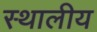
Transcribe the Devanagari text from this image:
स्थालीय